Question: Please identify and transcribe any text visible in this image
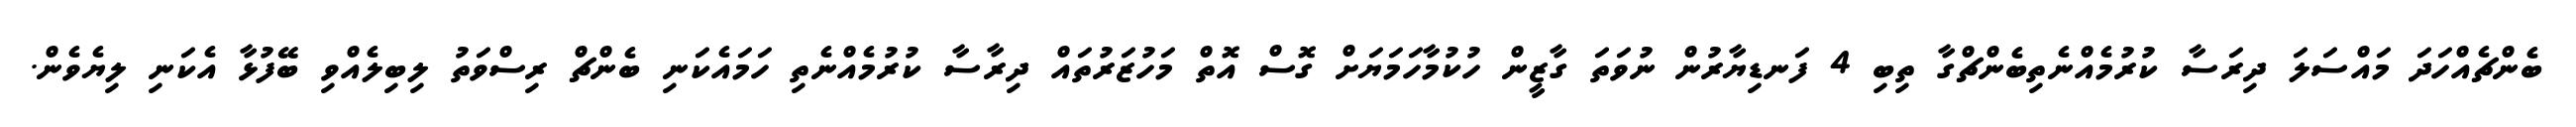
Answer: ބެންޗެއްހަދަ މައްސަލަ ދިރަސާ ކުރުމެއްނެތިބެންޗްގާ ތިބި 4 ފަނޑިޔާރުން ނުވަތަ ގާޒީން ހުކުމާހަމަޔަށް ގޮސް އޮތް މަހުޒަރުތައް ދިރާސާ ކުރުމެއްނެތި ހަމައެކަނި ބެންޗް ރިސްވަތު ލިބިލެއްވި ބޭފުޅާ އެކަނި ލިޔެވެން.